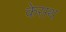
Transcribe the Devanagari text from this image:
केसथ